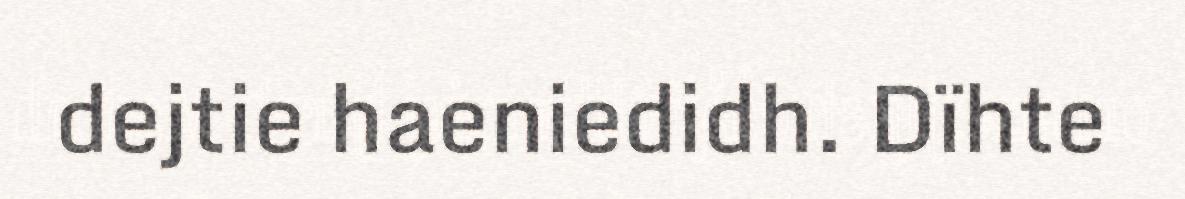
dejtie haeniedidh. Dïhte